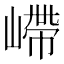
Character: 嵽